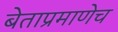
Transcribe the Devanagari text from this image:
बेताप्रमाणेच